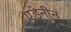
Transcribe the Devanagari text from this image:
एडेनीन